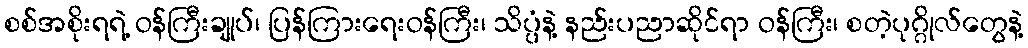
စစ်အစိုးရရဲ့ ဝန်ကြီးချုပ်၊ ပြန်ကြားရေးဝန်ကြီး၊ သိပ္ပံနဲ့ နည်းပညာဆိုင်ရာ ဝန်ကြီး၊ စတဲ့ပုဂ္ဂိုလ်တွေနဲ့